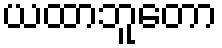
ယထာဘူတော